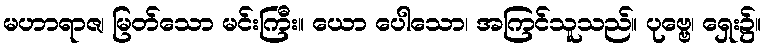
မဟာရာဇ၊ မြတ်သော မင်းကြီး။ ယော ပေါသော၊ အကြင်သူသည်။ ပုဗ္ဗေ၊ ရှေး၌။